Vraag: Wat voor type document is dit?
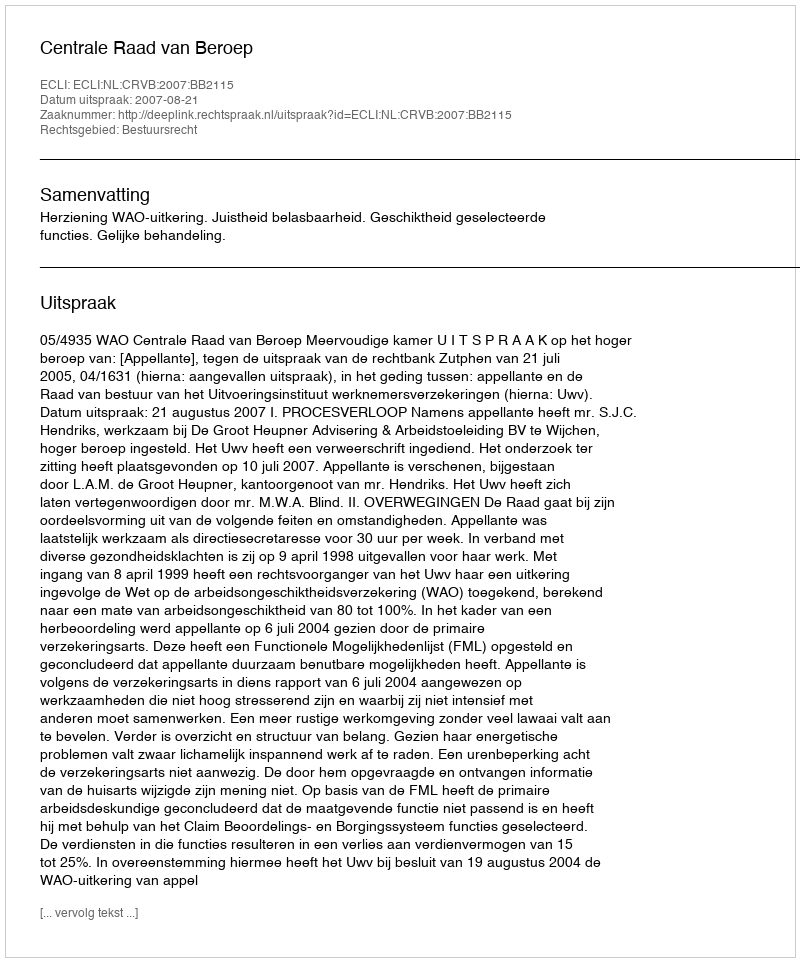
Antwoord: Uitspraak